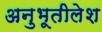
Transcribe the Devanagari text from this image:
अनुभूतीलेश